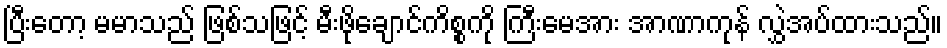
ပြီးတော့ မမာသည် ဖြစ်သဖြင့် မီးဖိုချောင်ကိစ္စကို ကြီးမေအား အာဏာကုန် လွှဲအပ်ထားသည်။